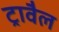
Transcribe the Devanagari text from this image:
ट्रावैल